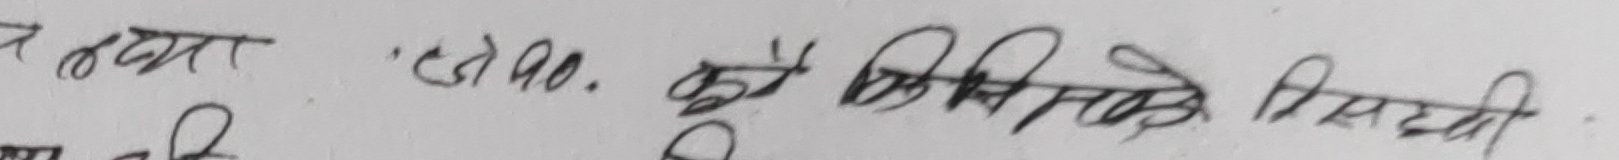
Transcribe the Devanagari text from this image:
र तया 5790. कुनै किसिमको सिरदी